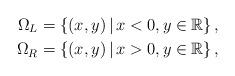
LaTeX: \begin{align*}\Omega_L &= \left\{ (x,y) \,\middle|\, x < 0, y \in \mathbb{R} \right\}, \\\Omega_R &= \left\{ (x,y) \,\middle|\, x > 0, y \in \mathbb{R} \right\},\end{align*}